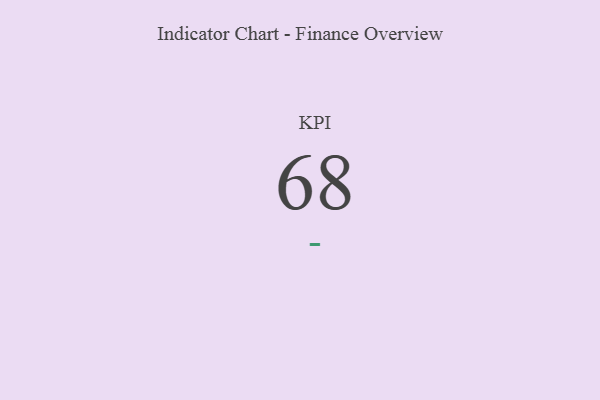
{"axis": {"x": "KPI", "y": "Value"}, "legend": [""], "data": [{"x": "KPI", "y": 68, "type": ""}]}